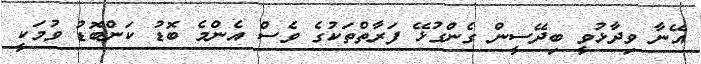
އޭނާ ވިދާޅުވީ ބިދޭސީން ގެންގުޅޭ ފަރާތްތަކުގެ ވެސް އެންމެ ބޮޑު ކަންބޮޑު ވުމަކީ